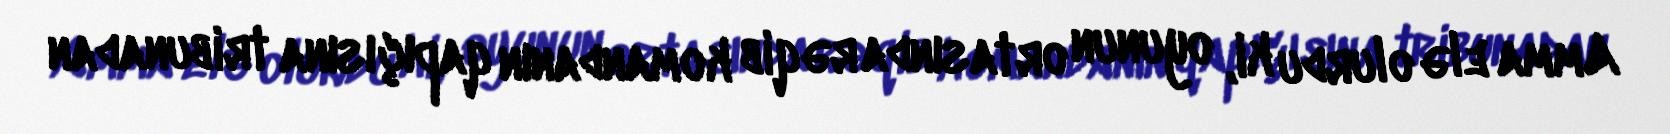
Amma elə olurdu ki, oyunun ortasında rəqib komandanın qapıçısına tribunadan